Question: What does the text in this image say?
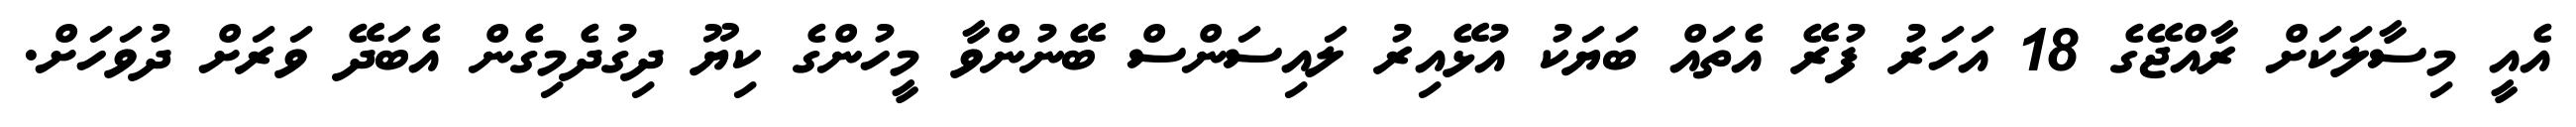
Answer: އެއީ މިސާލަކަށް ރާއްޖޭގެ 18 އަހަރު ފުރޭ އެތައް ބަޔަކު އުޅޭއިރު ލައިސަންސް ބޭނުންވާ މީހުންގެ ކިޔޫ ދިގުދެމިގެން އެބަދޭ ވަރަށް ދުވަހަށް.